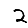
Digit: 2